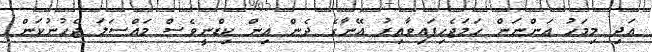
އަދި މިމަހު އަންނަން ހަމަޖެހިފައިވާއިރު އޭނާގެ ދެން އިން ކިޑްނީވެސް މައްސަލަ ޖެހުނުކަން